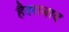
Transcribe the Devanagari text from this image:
हैदराबाद